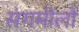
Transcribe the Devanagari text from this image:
संगमीलों